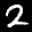
Label: 2